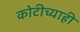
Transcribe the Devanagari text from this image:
कोटीच्याही